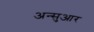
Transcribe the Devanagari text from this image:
अन्सुआर